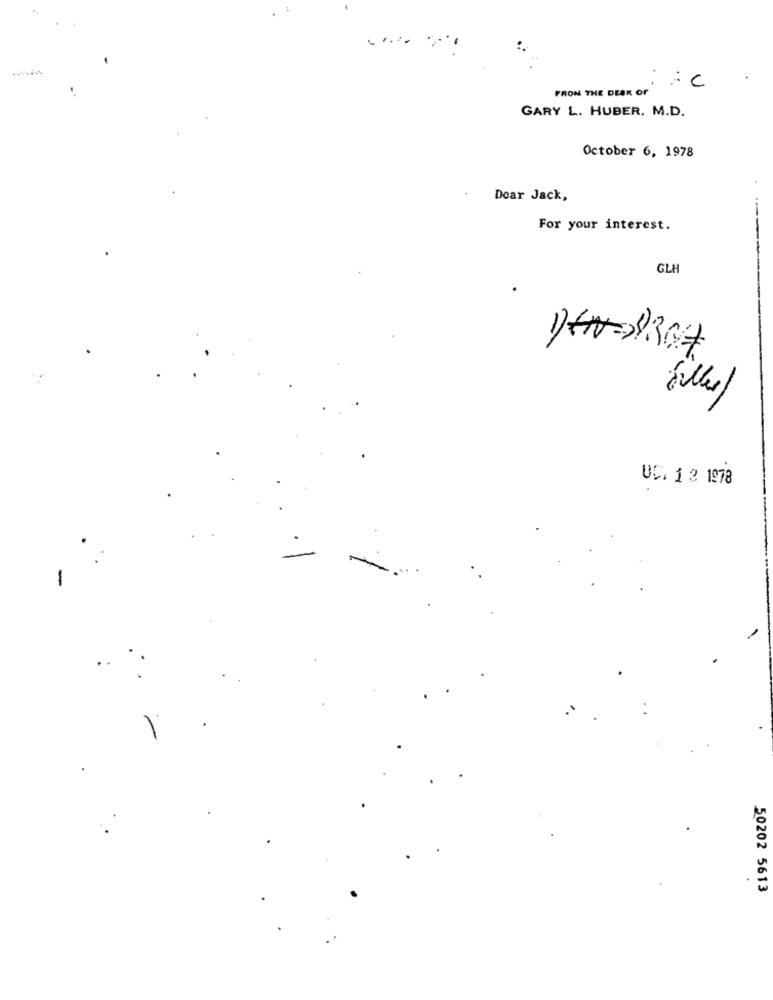
FROM THE DESK OF
GARY L. HUBER. M.D.
October 6, 1978
Dear Jack,
For your interest.
GLI
UC. 1 2 1978
-
-
..
50202 5613